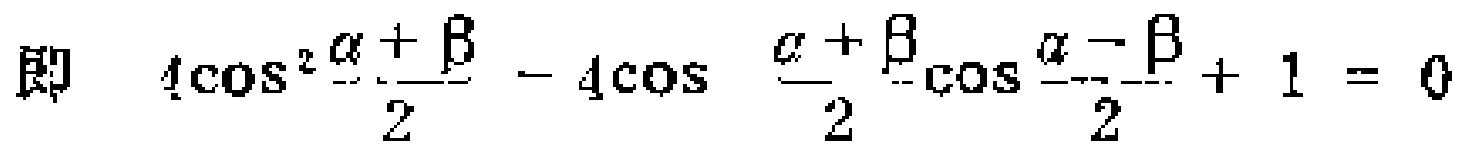
即 \(4\cos^{2}\frac{\alpha + \beta}{2}-4\cos\frac{\alpha + \beta}{2}\cos\frac{\alpha - \beta}{2}+1 = 0\)